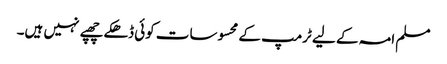
مسلم امہ کے لیے ٹرمپ کے محسوسات کوئی ڈھکے چھپے نہیں ہیں۔